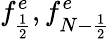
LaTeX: f_{\frac{1}{2}}^{e},f_{{N-\frac{1}{2}}}^{e}